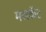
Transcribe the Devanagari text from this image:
मसकॅट